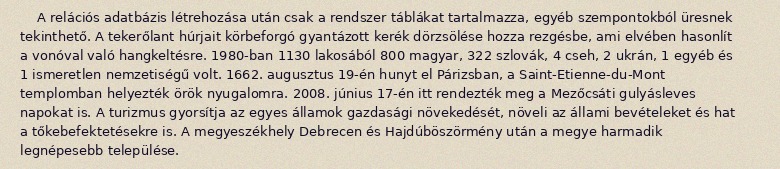
A relációs adatbázis létrehozása után csak a rendszer táblákat tartalmazza, egyéb szempontokból üresnek tekinthető. A tekerőlant húrjait körbeforgó gyantázott kerék dörzsölése hozza rezgésbe, ami elvében hasonlít a vonóval való hangkeltésre. 1980-ban 1130 lakosából 800 magyar, 322 szlovák, 4 cseh, 2 ukrán, 1 egyéb és 1 ismeretlen nemzetiségű volt. 1662. augusztus 19-én hunyt el Párizsban, a Saint-Etienne-du-Mont templomban helyezték örök nyugalomra. 2008. június 17-én itt rendezték meg a Mezőcsáti gulyásleves napokat is. A turizmus gyorsítja az egyes államok gazdasági növekedését, növeli az állami bevételeket és hat a tőkebefektetésekre is. A megyeszékhely Debrecen és Hajdúböszörmény után a megye harmadik legnépesebb települése.